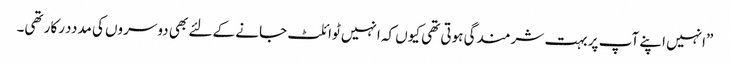
”انہیں اپنے آپ پر بہت شرمندگی ہوتی تھی کیوں کہ انہیں ٹوائلٹ جانے کے لئے بھی دوسروں کی مدددرکار تھی۔